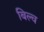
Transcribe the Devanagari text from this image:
बिल्च